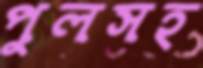
পুলসহ